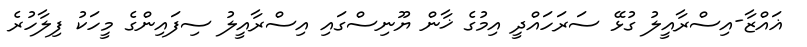
ޣައްޒާ-އިސްރާއީލު ގުޅޭ ސަރަހައްދީ އިމުގެ ޚާން ޔޫނިސްގައި އިސްރާއީލު ސިފައިންގެ މީހަކު ފިލާހުރެ